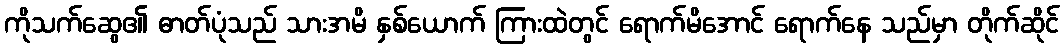
ကိုသက်ဆွေ၏ ဓာတ်ပုံသည် သားအမိ နှစ်ယောက် ကြားထဲတွင် ရောက်မိအောင် ရောက်နေ သည်မှာ တိုက်ဆိုင်